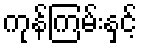
ကုန်ကြမ်းနှင့်